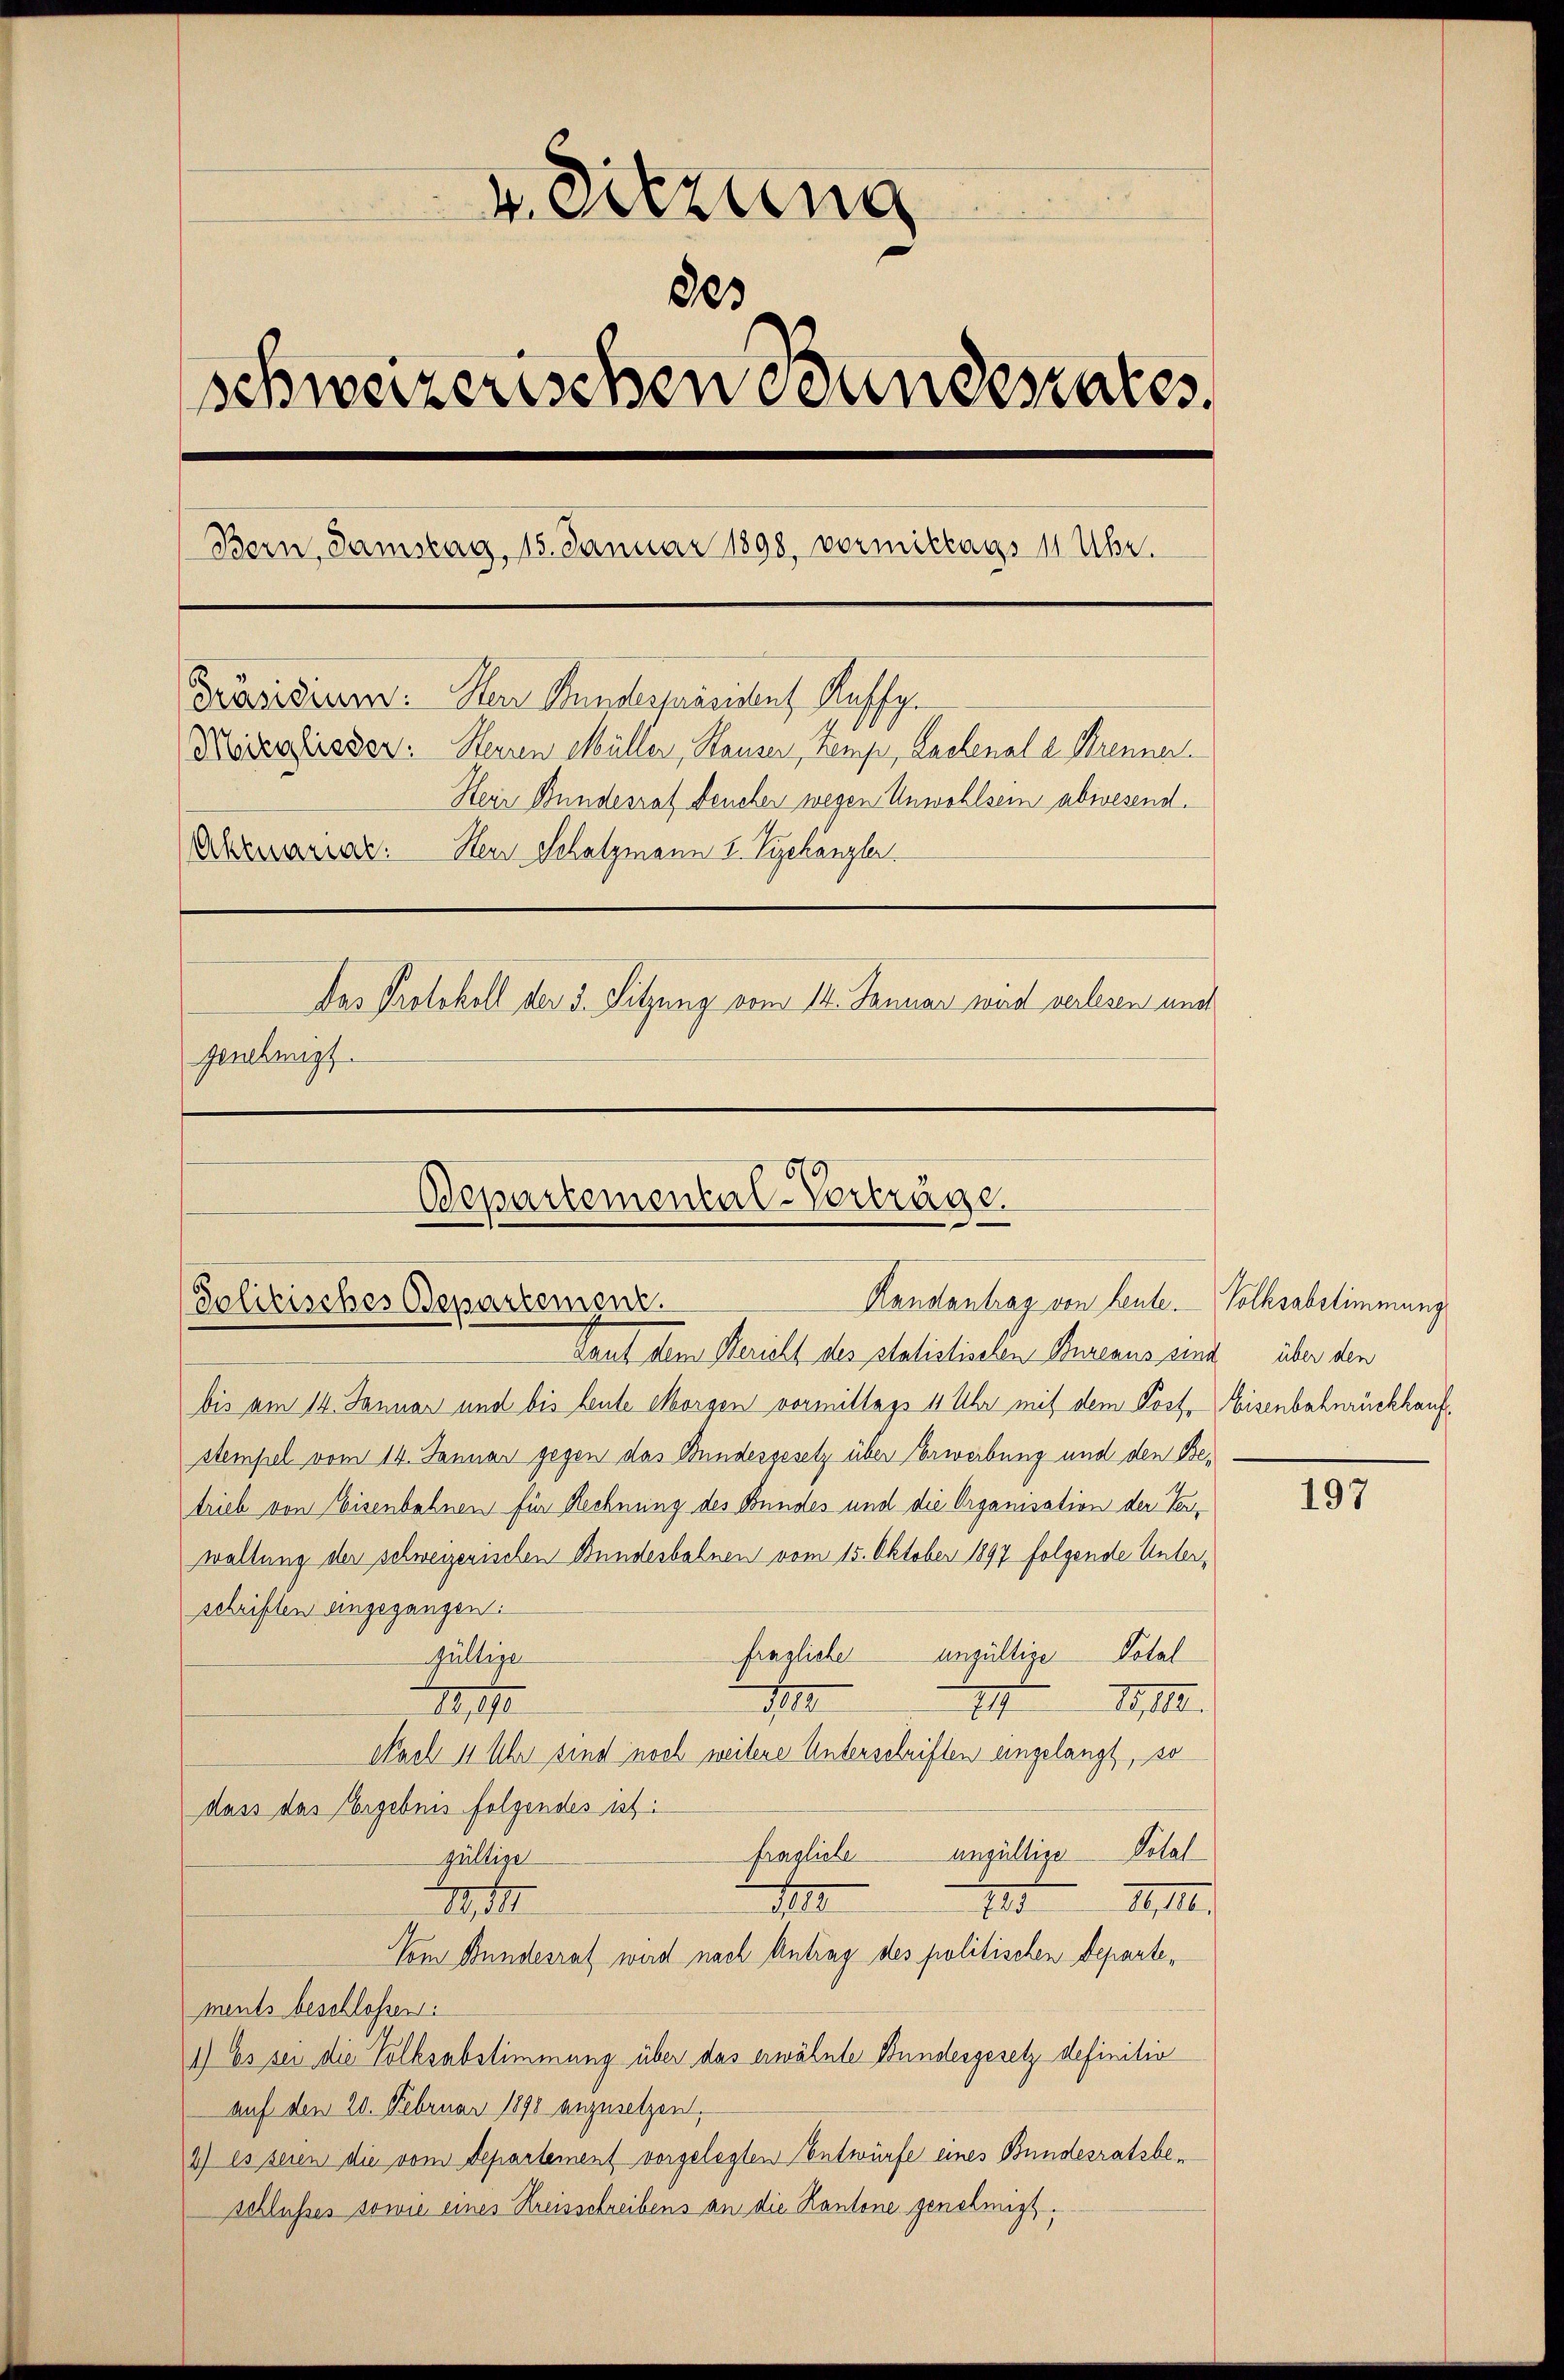
v. Sitzung
823
schweizerischen Bundesrates.
Bern, Samstag, 15. Januar 1898, vormittags 11 Uhr.
Präsidiums: Herr Stundespräsident Kuschg.
Keizofessor. Steiren Müller, Hauser, Temp, Lachenal z. Brenner
Herr Bundesrat Feuchen wegen Unwohlsein abwesend.
Amariat. Herr Schatzmann I. Tychänzler
Das Protokoll der 5. Sitzung vom 14. Januar wird verlesen und
genehmigt

Departemental-Vorträge.
Handantrag von Leute. Volksabstimmung
Politisches Departengut.

Tauf dem Mariell des statistischen Bureaus sind über den
bis am 14. Januar und bis heute Morgen vormittags 11 Uhr mit dem Post. Eisenbahnrückkaufstempel vom 14. Januar gegen das Bundesgesetz über Erwerbung und den Betrieb von Eisenbahnen für Rechnung des Bundes und die Organisation der Verwaltung der schweizerischen Bundesbahnen vom 15. Oktober 1897 folgende Unterschriften angegangen.
fragliche ungültige Total
Wültige
10
III.
I
217
Nach 11 Uhr sind noch weitere Unterschriften eingelangt, so
dass das Ergebnis folgendes ist.
fragliche ungültige Dotal
gültige
1
1.10.
, 17
2
Vom Bundesrat wird nach Antrag des politischen Departements beschlossen:
1) Es sei die Volksabstimmung über das erwähnte Bundesgesetz definitiv
auf den 20. Februar 1890 anzusetzen.
1) es seien die vom Departement vorgelegten Entwürfe eines Bundesratsbeschlusses sowie eines Kreisschreibens an die Kantone genehmigt.

197